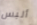
ألبس